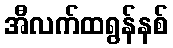
အီလက်ထရွန်နစ်